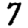
Digit: 7